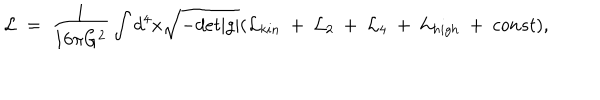
{ \cal L } ~ = ~ { \frac { 1 } { 1 6 \pi G ^ { 2 } } } \int d ^ { 4 } x \sqrt { - d e t | g | } ( { \cal L } _ { k i n } ~ + ~ { \cal L } _ { 2 } ~ + ~ { \cal L } _ { 4 } ~ + ~ { \cal L } _ { h i g h } ~ + ~ c o n s t ) ,